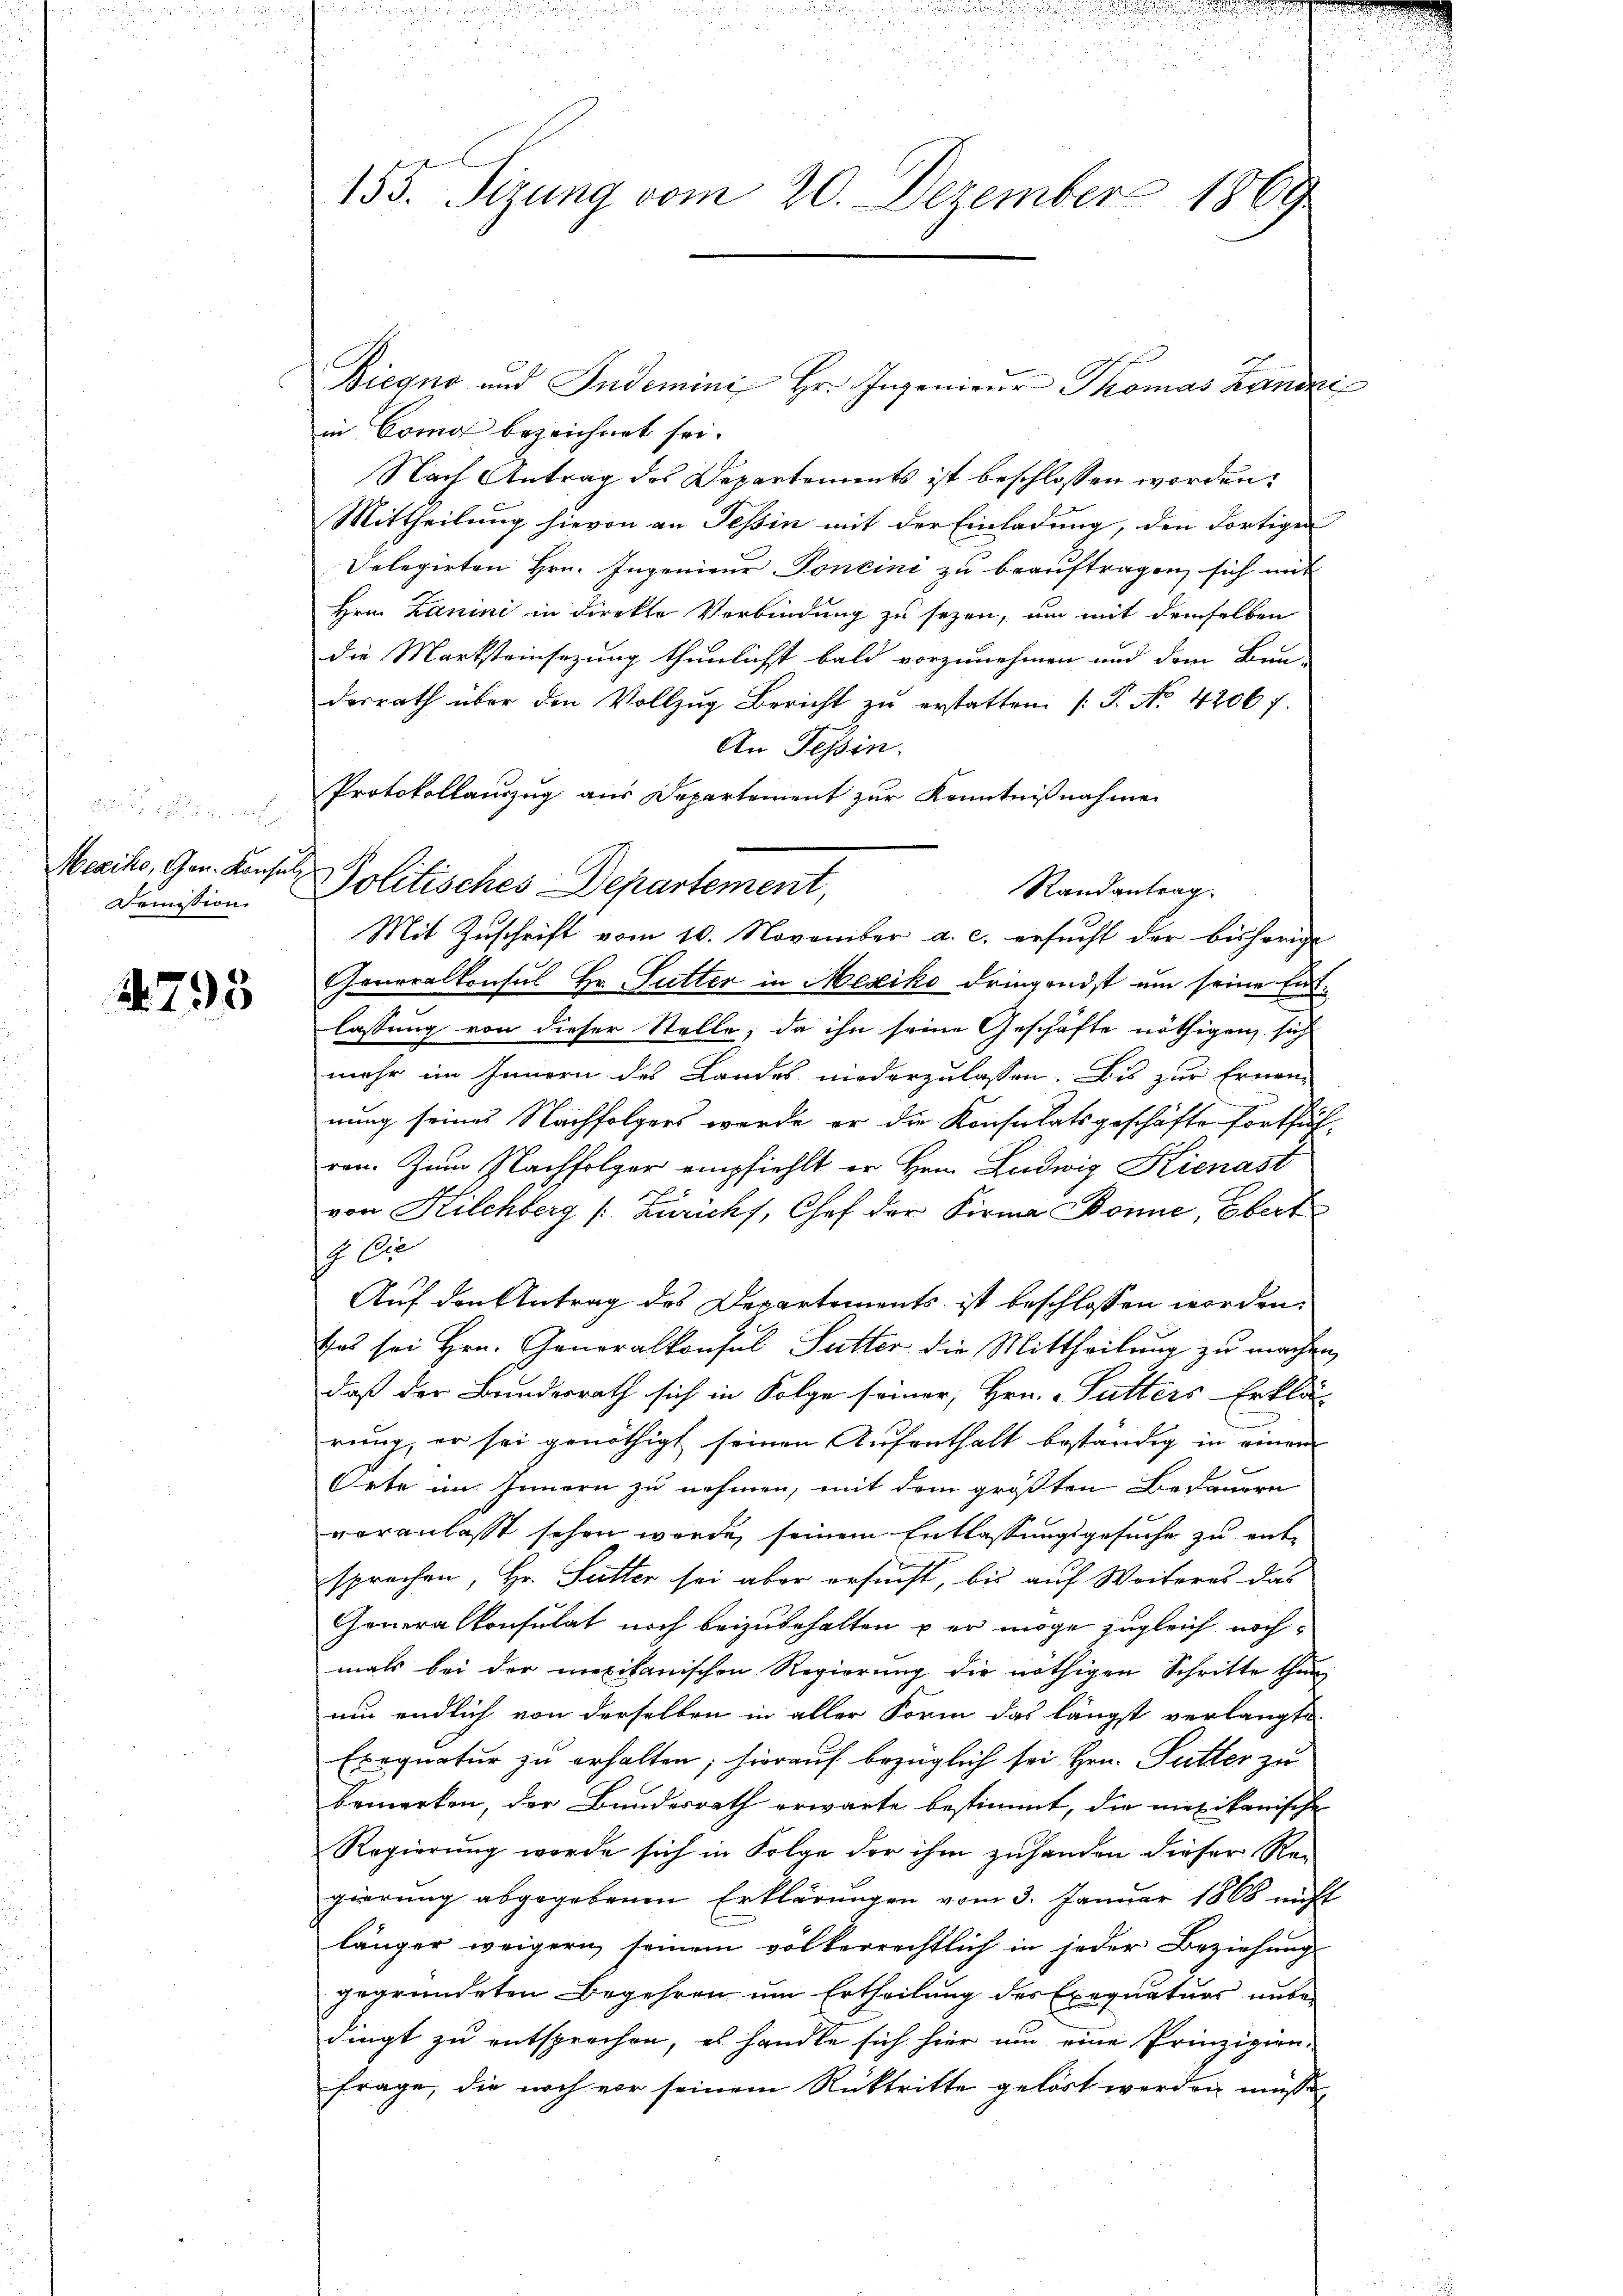
Mexiko, Gen. Konsul
rission

4793

155. Sizung vom 20. Dezember 1869

Biegno und Indemini Hr. Ingenieŭr Thomas Kanoni
in Como bezeichnet sei.
Nach Antrag des Departements ist beschlossen worden.
Mittheilung hievon an Tessin mit der Einladung, den dortigen
Delegirten Hrn. Ingenieŭr Poncini zu beaŭftragen, sich mit
Hrn. Lanini in direkte Verbindung zu sezen, um mit demselben
die Marksteinsezung thunlichst bald vorzunehmen und dem Bun-
desrath über den Vollzŭg Bericht zŭ erstatten (T. No. 42067.
An Tessin.
Protokollanzug aus Departement zur Kenntnißnahme
Randantrag.
Mit Zŭschrift vom 10. November a. c. ersŭcht der bisherige
Generalkonsul Hr. Futter in Mesiko dringendst um seine Entlassung von dieser Stelle, da ihn seine Geschäfte nöthigen sich
mehr im Innern des Landes niederzulassen. Bis zur Ernen-
nung seines Nachfolgers werde er die Konsulatsgeschäfte fortführen. Zum Nachfolger empfiehlt er Hrn. Ludwig Kienast
von Kilchberg [Zürichs, Chef der Firma Bonne, Ebert
G. Die
Auf den Antrag des Departements ist beschlossen worden.
tas sei Hrn. Generalkonsul Sutter die Mittheilung zu machen,
daß der Bundesrath sich in Folge seiner, Hrn. Sutters Erklär
rung, er sei genöthigt seinen Aufenthalt beständig in einem
Orte im Innern zu nehmen, mit dem größten Bedauern
veranlasst schon werde seinem Entlassungsgesuche zu entsprechen, Hr. Sutter sei aber ersucht, bis auf Weiteres das
Generalkonsulat noch beizubehalten per möge zugleich nochmals bei der mexikanischen Regierung die nöthigen Schritte thun
um endlich von derselben in aller Form das längst verlangte
Exequatur zu erhalten; hierauf bezüglich sei Hrn. Futter zu
bemerken, der Bundesrath erwarte bestimmt, die mexikanische
Regierung werde sich in Folge der ihm zuhanden dieser Re-
gierung abgegebenen Erklärungen vom 3. Januar 1868 nicht
länger weigern seinem völkerrechtlich in jeder Beziehung
gegründeten Begehren um Ertheilung des Exequaturs unbedingt zu entsprochen, es handle sich hier um eine Prinzipien.
frage, die noch vor seinem Rücktritte gelöst werden müsse,

J. A.

politisches Departement,